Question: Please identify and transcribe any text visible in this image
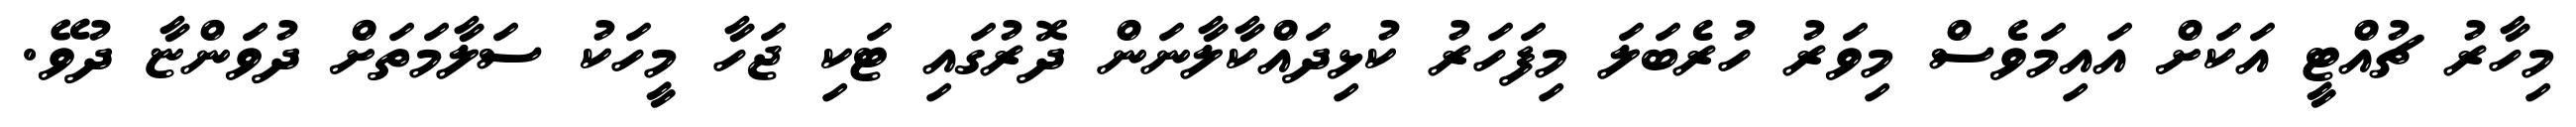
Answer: މިހާރު ޗުއްޓީ އަކަށް އައިމަވެސް މިވަރު ހުރެބަލަ މިފަހަރު ކުޅިދައްކާލާނަން ދޮރުގައި ޓަކި ޖަހާ މީހަކު ސަލާމަތަށް ދުވަންޏާ ދުވޭ.